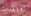
افتقدت